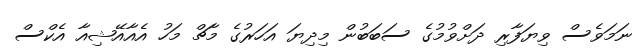
ނަމަވެސް ވިޔަފާރި ދަށްވުމުގެ ސަބަބުން މިދިޔަ އަހަރުގެ މާޗް މަހު އެއާއޭޝިއާ އެކްސް